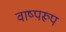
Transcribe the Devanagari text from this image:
वाष्परूप